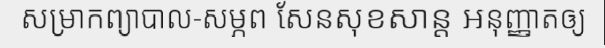
សម្រាកព្យាបាល-សម្ភព សែនសុខសាន្ត អនុញ្ញាតឲ្យ